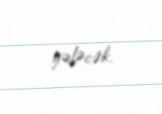
gələcək.